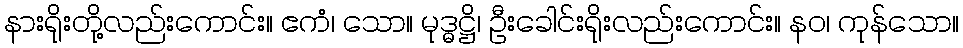
နားရိုးတို့လည်းကောင်း။ ဧကံ၊ သော။ မုဒ္ဓဋ္ဌိ၊ ဦးခေါင်းရိုးလည်းကောင်း။ နဝ၊ ကုန်သော။